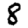
Digit: 8